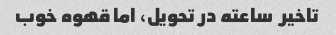
تاخیر  ساعته در تحویل، اما قهوه خوب